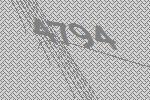
4794